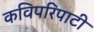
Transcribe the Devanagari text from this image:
कविपरिपाटी